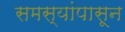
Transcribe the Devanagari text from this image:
समस्यांपासून